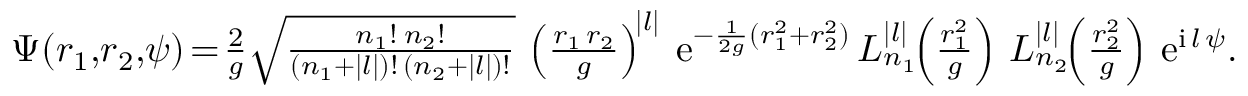
\Psi ( r _ { 1 } , \! r _ { 2 } , \! \psi ) \! = \! { \textstyle \frac { 2 } { g } \sqrt { \frac { n _ { 1 } ! \: n _ { 2 } ! } { ( n _ { 1 } + | l | ) ! \, ( n _ { 2 } + | l | ) ! } } } \, \left( { \textstyle \frac { r _ { 1 } \, r _ { 2 } } { g } } \right) ^ { \! | l | } \: \mathrm { e } ^ { - \frac { 1 } { 2 g } ( r _ { 1 } ^ { 2 } + r _ { 2 } ^ { 2 } ) } \, L _ { n _ { 1 } } ^ { | l | } \! \! \left( { \textstyle \frac { r _ { 1 } ^ { 2 } } { g } } \right) \, L _ { n _ { 2 } } ^ { | l | } \! \! \left( { \textstyle \frac { r _ { 2 } ^ { 2 } } { g } } \right) \, \mathrm { e } ^ { \mathrm { i } \, l \, \psi } .